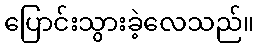
ပြောင်းသွားခဲ့လေသည်။